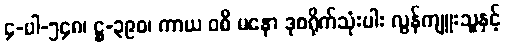
၄-ပါ-၅၄၈၊ ဋ္ဌ-၃၉၀၊ ကာယ ဝစီ မနော ဒုစရိုက်သုံးပါး လွန်ကျူးသူနှင့်